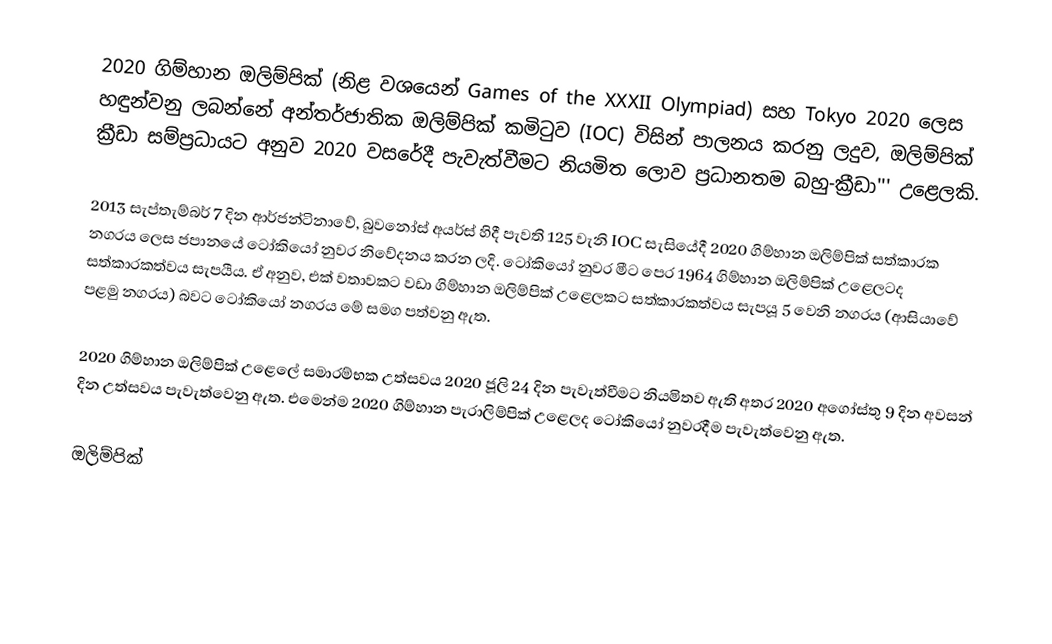
2020 ගිම්හාන ඔලිම්පික් (නිළ වශයෙන් Games of the XXXII Olympiad) සහ Tokyo 2020 ලෙස හඳුන්වනු ලබන්නේ අන්තර්ජාතික ඔලිම්පික් කමිටුව (IOC) විසින් පාලනය කරනු ලදුව, ඔලිම්පික් ක්‍රීඩා සම්ප්‍රධායට අනුව 2020 වසරේදී පැවැත්වීමට නියමිත ලොව ප්‍රධානතම බහු-ක්‍රීඩා''' උළෙලකි.

2013 සැප්තැම්බර් 7 දින ආර්ජන්ටිනාවේ, බුවනෝස් අයර්ස් හිදී පැවති 125 වැනි IOC සැසියේදී 2020 ගිම්හාන ඔලිම්පික් සත්කාරක නගරය ලෙස ජපානයේ ටෝකියෝ නුවර නිවේදනය කරන ලදි. ටෝකියෝ නුවර මීට පෙර 1964 ගිම්හාන ඔලිම්පික් උළෙලටද සත්කාරකත්වය සැපයීය. ඒ අනුව, එක් වතාවකට වඩා ගිම්හාන ඔලිම්පික් උළෙලකට සත්කාරකත්වය සැපයූ 5 වෙනි නගරය (ආසියාවේ පළමු නගරය) බවට ටෝකියෝ නගරය මේ සමග පත්වනු ඇත.

2020 ගිම්හාන ඔලිම්පික් උළෙලේ සමාරම්භක උත්සවය 2020 ජූලි 24 දින පැවැත්වීමට නියමිතව ඇති අතර 2020 අගෝස්තු 9 දින අවසන් දින උත්සවය පැවැත්වෙනු ඇත. එමෙන්ම 2020 ගිම්හාන පැරාලිම්පික් උළෙලද ටෝකියෝ නුවරදීම පැවැත්වෙනු ඇත.

ඔලිම්පික්